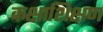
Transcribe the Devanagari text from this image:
कक्षाशिक्षण